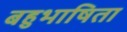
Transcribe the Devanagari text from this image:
बहुभाषिता